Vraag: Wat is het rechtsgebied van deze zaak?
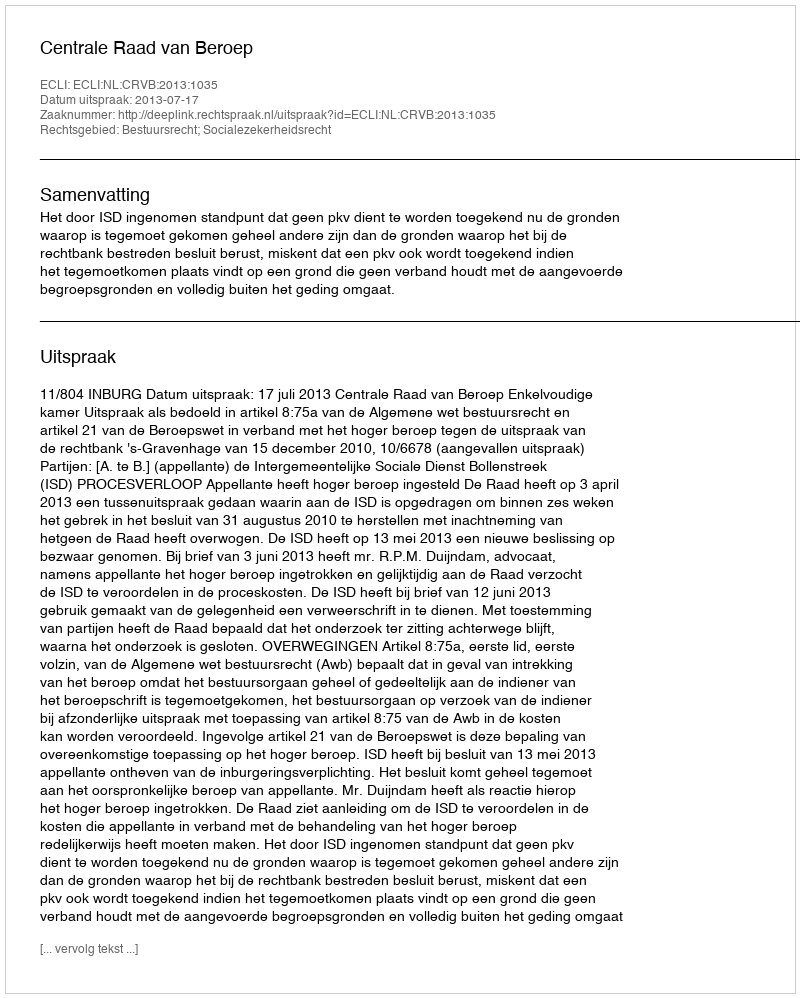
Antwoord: Bestuursrecht; Socialezekerheidsrecht